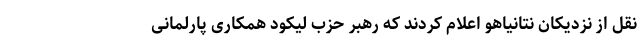
نقل از نزدیکان نتانیاهو اعلام کردند که رهبر حزب لیکود همکاری پارلمانی